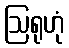
ဩရုဟုံ